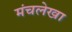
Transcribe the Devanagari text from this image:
मंचलेखा